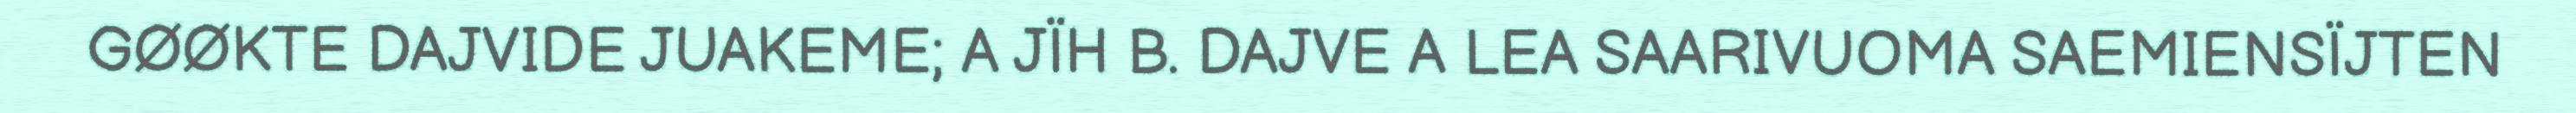
GØØKTE DAJVIDE JUAKEME; A JÏH B. DAJVE A LEA SAARIVUOMA SAEMIENSÏJTEN